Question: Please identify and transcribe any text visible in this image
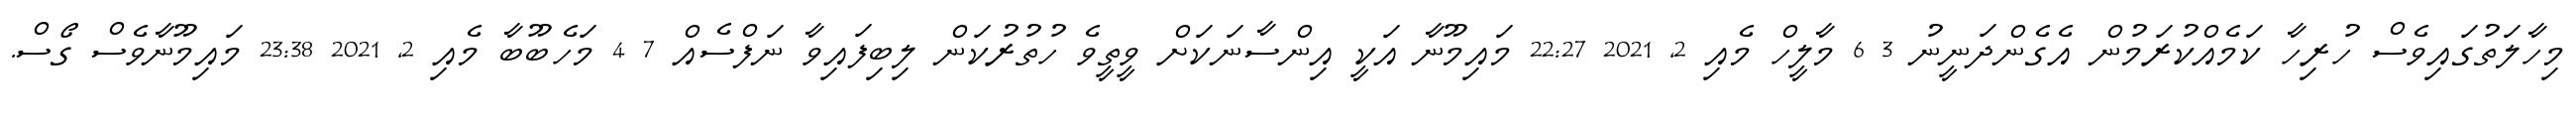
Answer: މިހާލަތުގައިވެސް ހުރިހާ ކަމެއްކުރަމުން އެގެންދަނީނު 3 6 މާލީހް މެއި 2, 2021 22:27 މައިމޫނާ އަކީ އިންސާނަކަށް ވީތީވެ ހުތުރުކަން ލިބިފައިވާ ނަފްސެއް 7 4 މަހެބޫބާ މެއި 2, 2021 23:38 މައިމޫނާވެސް ގޯސް.